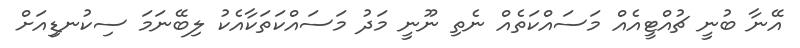
އޭނާ ބުނީ ޗުއްޓީއެއް މަސައްކަތެއް ނެތި ނޫނީ މަދު މަސައްކަތަކާއެކު ލިބޭނަމަ ސިކުނޑިިއަށް